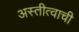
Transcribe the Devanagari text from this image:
अस्तीत्वाची